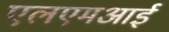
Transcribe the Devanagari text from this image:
एलएमआई